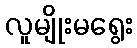
လူမျိုးမရွေး